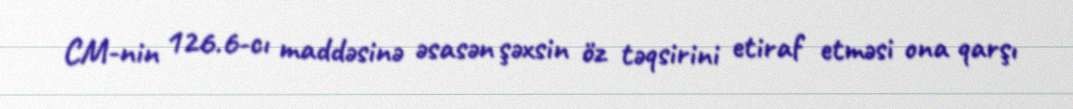
CM-nin 126.6-cı maddəsinə əsasən şəxsin öz təqsirini etiraf etməsi ona qarşı